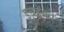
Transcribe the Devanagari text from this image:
इचहेंको